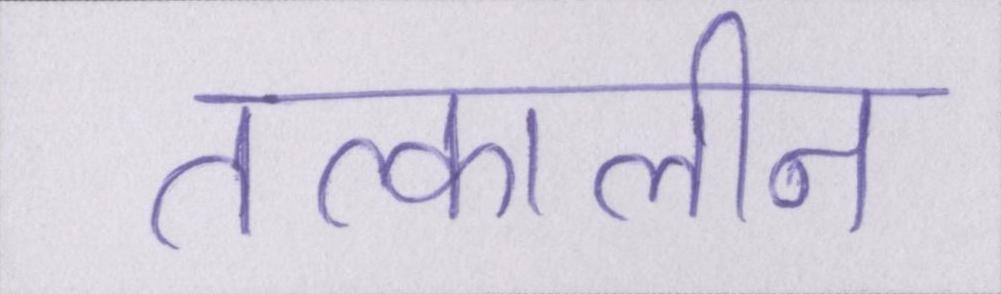
तत्कालीन